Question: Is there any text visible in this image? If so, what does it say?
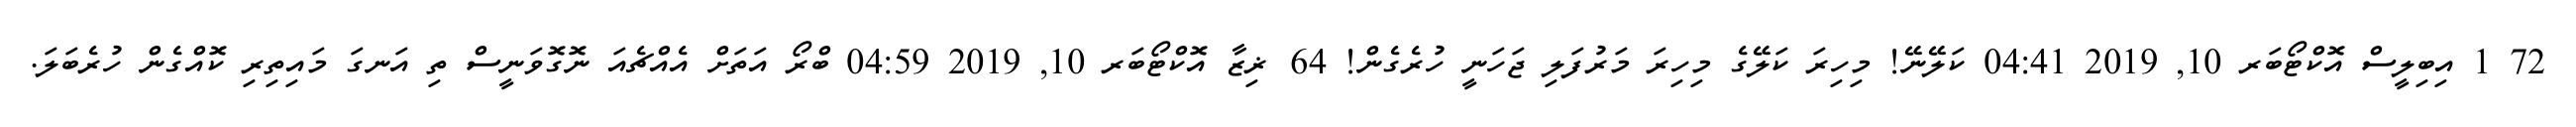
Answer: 72 1 އިބިލީސް އޮކްޓޯބަރ 10, 2019 04:41 ކަލޭނޭ! މިހިރަ ކަލޭގެ މިހިރަ މަރުފަލި ޖަހަނީ ހުރެގެން! 64 ޜިޒާ އޮކްޓޯބަރ 10, 2019 04:59 ބްރޯ އަތަށް އެއްޗެއަ ނޮގޮވަނީސް ތި އަނގަ މައިތިރި ކޮއްގެން ހުރެބަލަ.